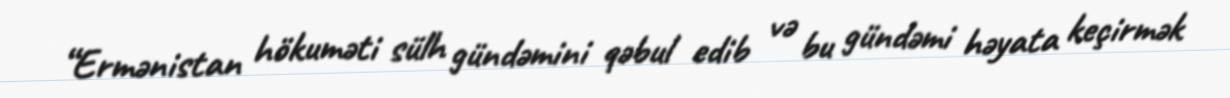
“Ermənistan hökuməti sülh gündəmini qəbul edib və bu gündəmi həyata keçirmək